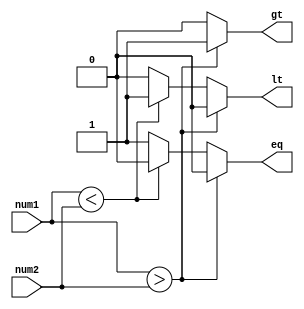
module magnitude_comparator(
    input signed [7:0] num1,
    input signed [7:0] num2,
    output reg gt,
    output reg lt,
    output reg eq
);

always @(*) begin
    if(num1 > num2) begin
        gt = 1;
        lt = 0;
        eq = 0;
    end else if(num1 < num2) begin
        gt = 0;
        lt = 1;
        eq = 0;
    end else begin
        gt = 0;
        lt = 0;
        eq = 1;
    end
end

endmodule